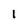
Character: 1